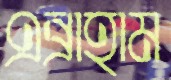
এব্রাহাম